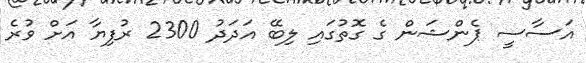
އަސާސީ ޕެންޝަން ގެ ގޮތުގައި ލިބޭ އަދަދު 2300 ރުފިޔާ އަށް ވުރެ